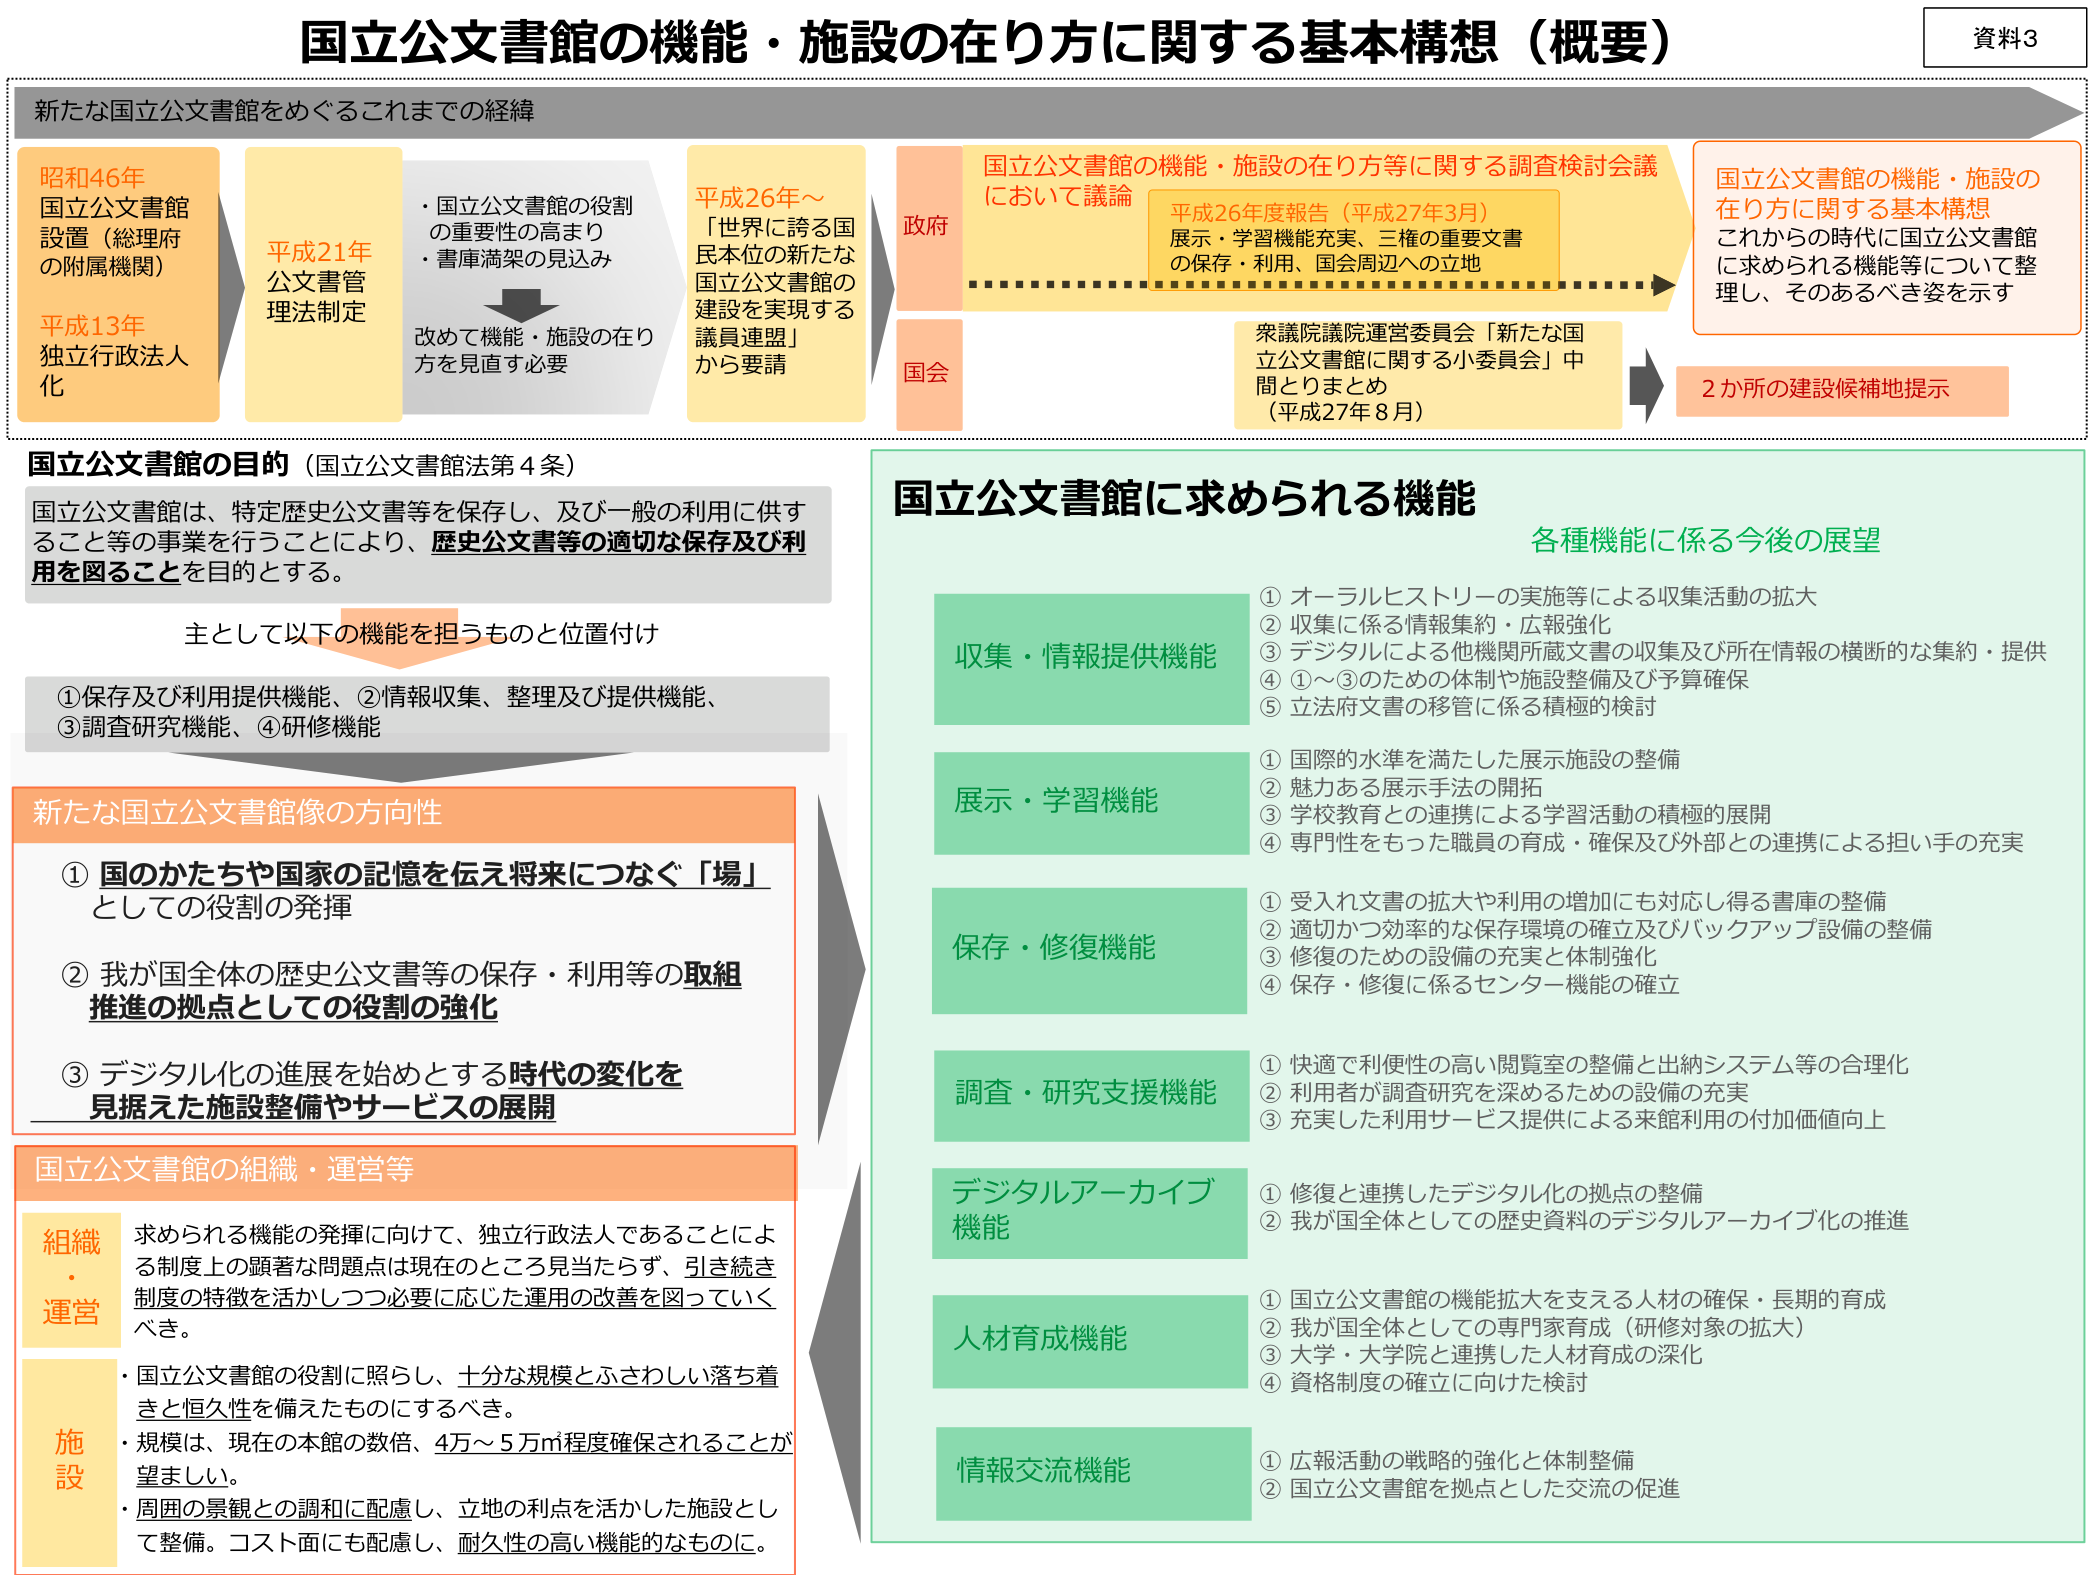
国立公文書館の機能・施設の在り方に関する基本構想（概要）

資料3

新たな国立公文書館をめぐるこれまでの経緯

昭和46年
国立公文書館
設置（総理府
の附属機関）

平成13年
独立行政法人
化

平成21年
公文書管理法制定

・国立公文書館の役割
の重要性の高まり
・書庫満架の見込み

改めて機能・施設の在り
方を見直す必要

平成26年～
「世界に誇る国
民本位の新たな
国立公文書館の
建設を実現する
議員連盟」
から要請

政府
国立公文書館の機能・施設の在り方等に関する調査検討会議
において議論

平成26年度報告（平成27年3月）
展示・学習機能充実、三権の重要文書
の保存・利用、国会周辺への立地

国会
衆議院議院運営委員会「新たな国立公文書館に関する小委員会」中
間とりまとめ
（平成27年8月）

国立公文書館の機能・施設の
在り方に関する基本構想
これからの時代に国立公文書館
に求められる機能等について整
理し、そのあるべき姿を示す

2か所の建設候補地提示

国立公文書館の目的（国立公文書館法第4条）

国立公文書館は、特定歴史公文書等を保存し、及び一般の利用に供す
ること等の事業を行うことにより、歴史公文書等の適切な保存及び利
用を図ることを目的とする。

主として以下の機能を担うものと位置付け

①保存及び利用提供機能、②情報収集、整理及び提供機能、
③調査研究機能、④研修機能

新たな国立公文書館像の方向性

① 国のかたちや国家の記憶を伝え将来につなぐ「場」
としての役割の発揮

② 我が国全体の歴史公文書等の保存・利用等の取組
推進の拠点としての役割の強化

③ デジタル化の進展を始めとする時代の変化を
見据えた施設整備やサービスの展開

国立公文書館の組織・運営等

組織・運営
求められる機能の発揮に向けて、独立行政法人であることによ
る制度上の顕著な問題点は現在のところ見当たらず、引き続き
制度の特徴を活かしつつ必要に応じた運用の改善を図っていく
べき。

施設
・国立公文書館の役割に照らし、十分な規模とふさわしい落ち着
きと恒久性を備えたものにするべき。
・規模は、現在の本館の数倍、4万～5万㎡程度確保されることが
望ましい。
・周囲の景観との調和に配慮し、立地の利点を活かした施設とし
て整備。コスト面にも配慮し、耐久性の高い機能的なものに。

国立公文書館に求められる機能
各種機能に係る今後の展望

収集・情報提供機能
① オーラルヒストリーの実施等による収集活動の拡大
② 収集に係る情報集約・広報強化
③ デジタルによる他機関所蔵文書の収集及び所在情報の横断的な集約・提供
④ ①～③のための体制や施設整備及び予算確保
⑤ 立法府文書の移管に係る積極的検討

展示・学習機能
① 国際的水準を満たした展示施設の整備
② 魅力ある展示手法の開拓
③ 学校教育との連携による学習活動の積極的展開
④ 専門性をもった職員の育成・確保及び外部との連携による担い手の充実

保存・修復機能
① 受入れ文書の拡大や利用の増加にも対応し得る書庫の整備
② 適切かつ効率的な保存環境の確立及びバックアップ設備の整備
③ 修復のための設備の充実と体制強化
④ 保存・修復に係るセンター機能の確立

調査・研究支援機能
① 快適で利便性の高い閲覧室の整備と出納システム等の合理化
② 利用者が調査研究を深めるための設備の充実
③ 充実した利用サービス提供による来館利用の付加価値向上

デジタルアーカイブ
機能
① 修復と連携したデジタル化の拠点の整備
② 我が国全体としての歴史資料のデジタルアーカイブ化の推進

人材育成機能
① 国立公文書館の機能拡大を支える人材の確保・長期的育成
② 我が国全体としての専門家育成（研修対象の拡大）
③ 大学・大学院と連携した人材育成の深化
④ 資格制度の確立に向けた検討

情報交流機能
① 広報活動の戦略的強化と体制整備
② 国立公文書館を拠点とした交流の促進